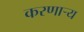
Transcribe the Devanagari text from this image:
करणार्‍य